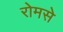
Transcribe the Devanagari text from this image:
रोमसे